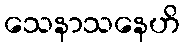
သေနာသနေဟိ